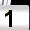
Digit: 1